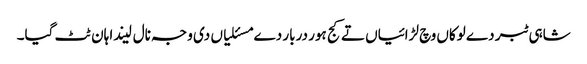
شاہی ٹبر دے لوکاں وچ لڑائیاں تے کج ہور دربار دے مسئلیاں دی وجہ نال لیندا ہان ٹٹ گیا۔